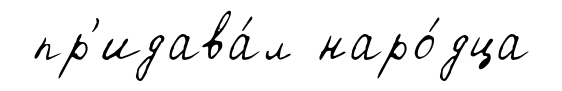
пр'идава́л наро́дца